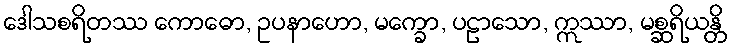
ဒေါသစရိတဿ ကောဓော, ဥပနာဟော, မက္ခော, ပဠာသော, ဣဿာ, မစ္ဆရိယန္တိ